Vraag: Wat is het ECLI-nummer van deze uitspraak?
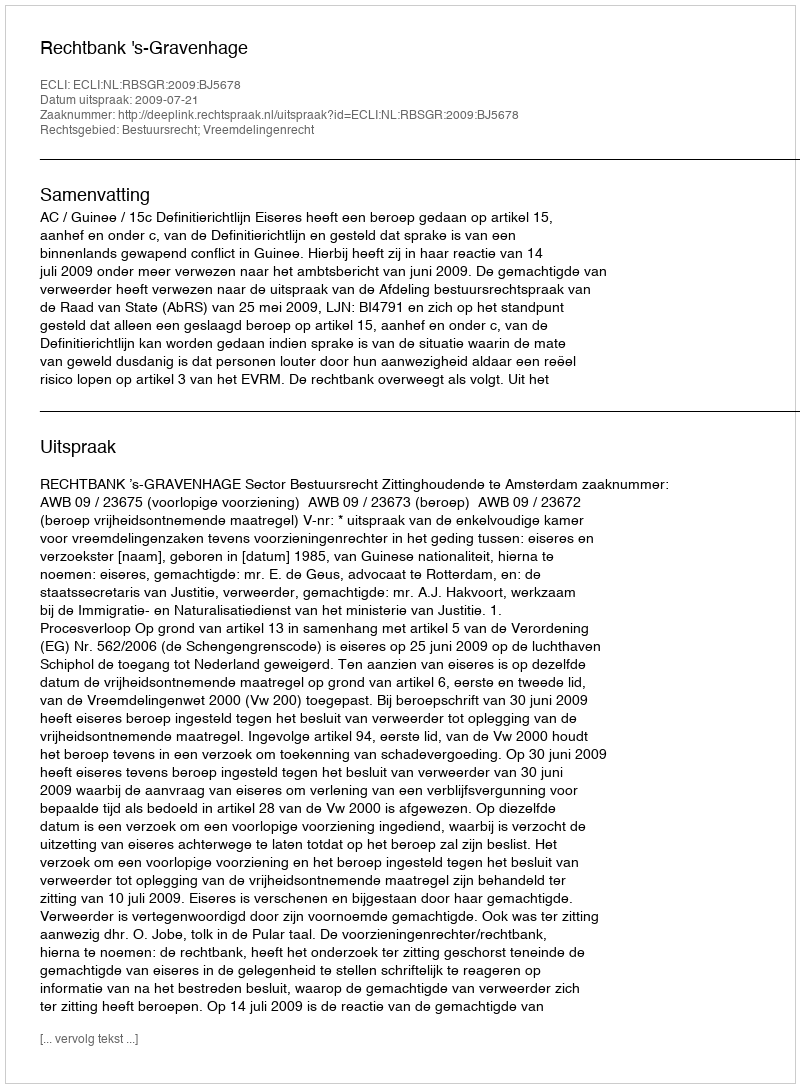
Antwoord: ECLI:NL:RBSGR:2009:BJ5678